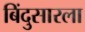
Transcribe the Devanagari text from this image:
बिंदुसारला